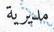
مديرية